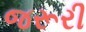
જરૂરી